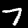
Label: 7